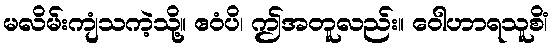
မလိမ်းကျံသကဲ့သို့။ ဧဝံပိ၊ ဤအတူလည်း။ ဝေါဟာရသူစိံ၊